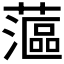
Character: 𰲉